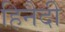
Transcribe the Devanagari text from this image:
हिनैदी